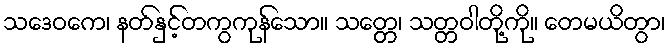
သဒေဝကေ၊ နတ်နှင့်တကွကုန်သော။ သတ္တေ၊ သတ္တဝါတို့ကို။ တေမယိတွာ၊